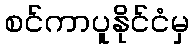
စင်ကာပူနိုင်ငံမှ